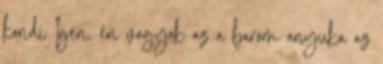
kondi Igen, én vagyok az a barom anyuka az